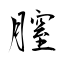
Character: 膣